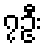
၇ဦး